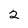
Character: 2